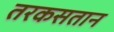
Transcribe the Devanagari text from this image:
तरकसतान